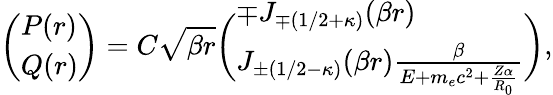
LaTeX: \biggl(\begin{array}{l}{P(r)}\\ {Q(r)}\end{array}\biggr)=C\sqrt{\beta r}\biggl(\begin{array}{l}{\mp J_{\mp(1/2+\kappa)}(\beta r)}\\ {J_{\pm(1/2-\kappa)}(\beta r)\frac{\beta}{E+m_{e}c^{2}+\frac{Z\alpha}{R_{0}}}}\end{array}\biggr),